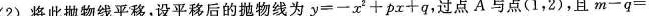
(2)将此抛物线平移，设平移后的抛物线为$$y = - x ^ { 2 } + p x + q$$，过点A与点(1，2)，且$$m - q =